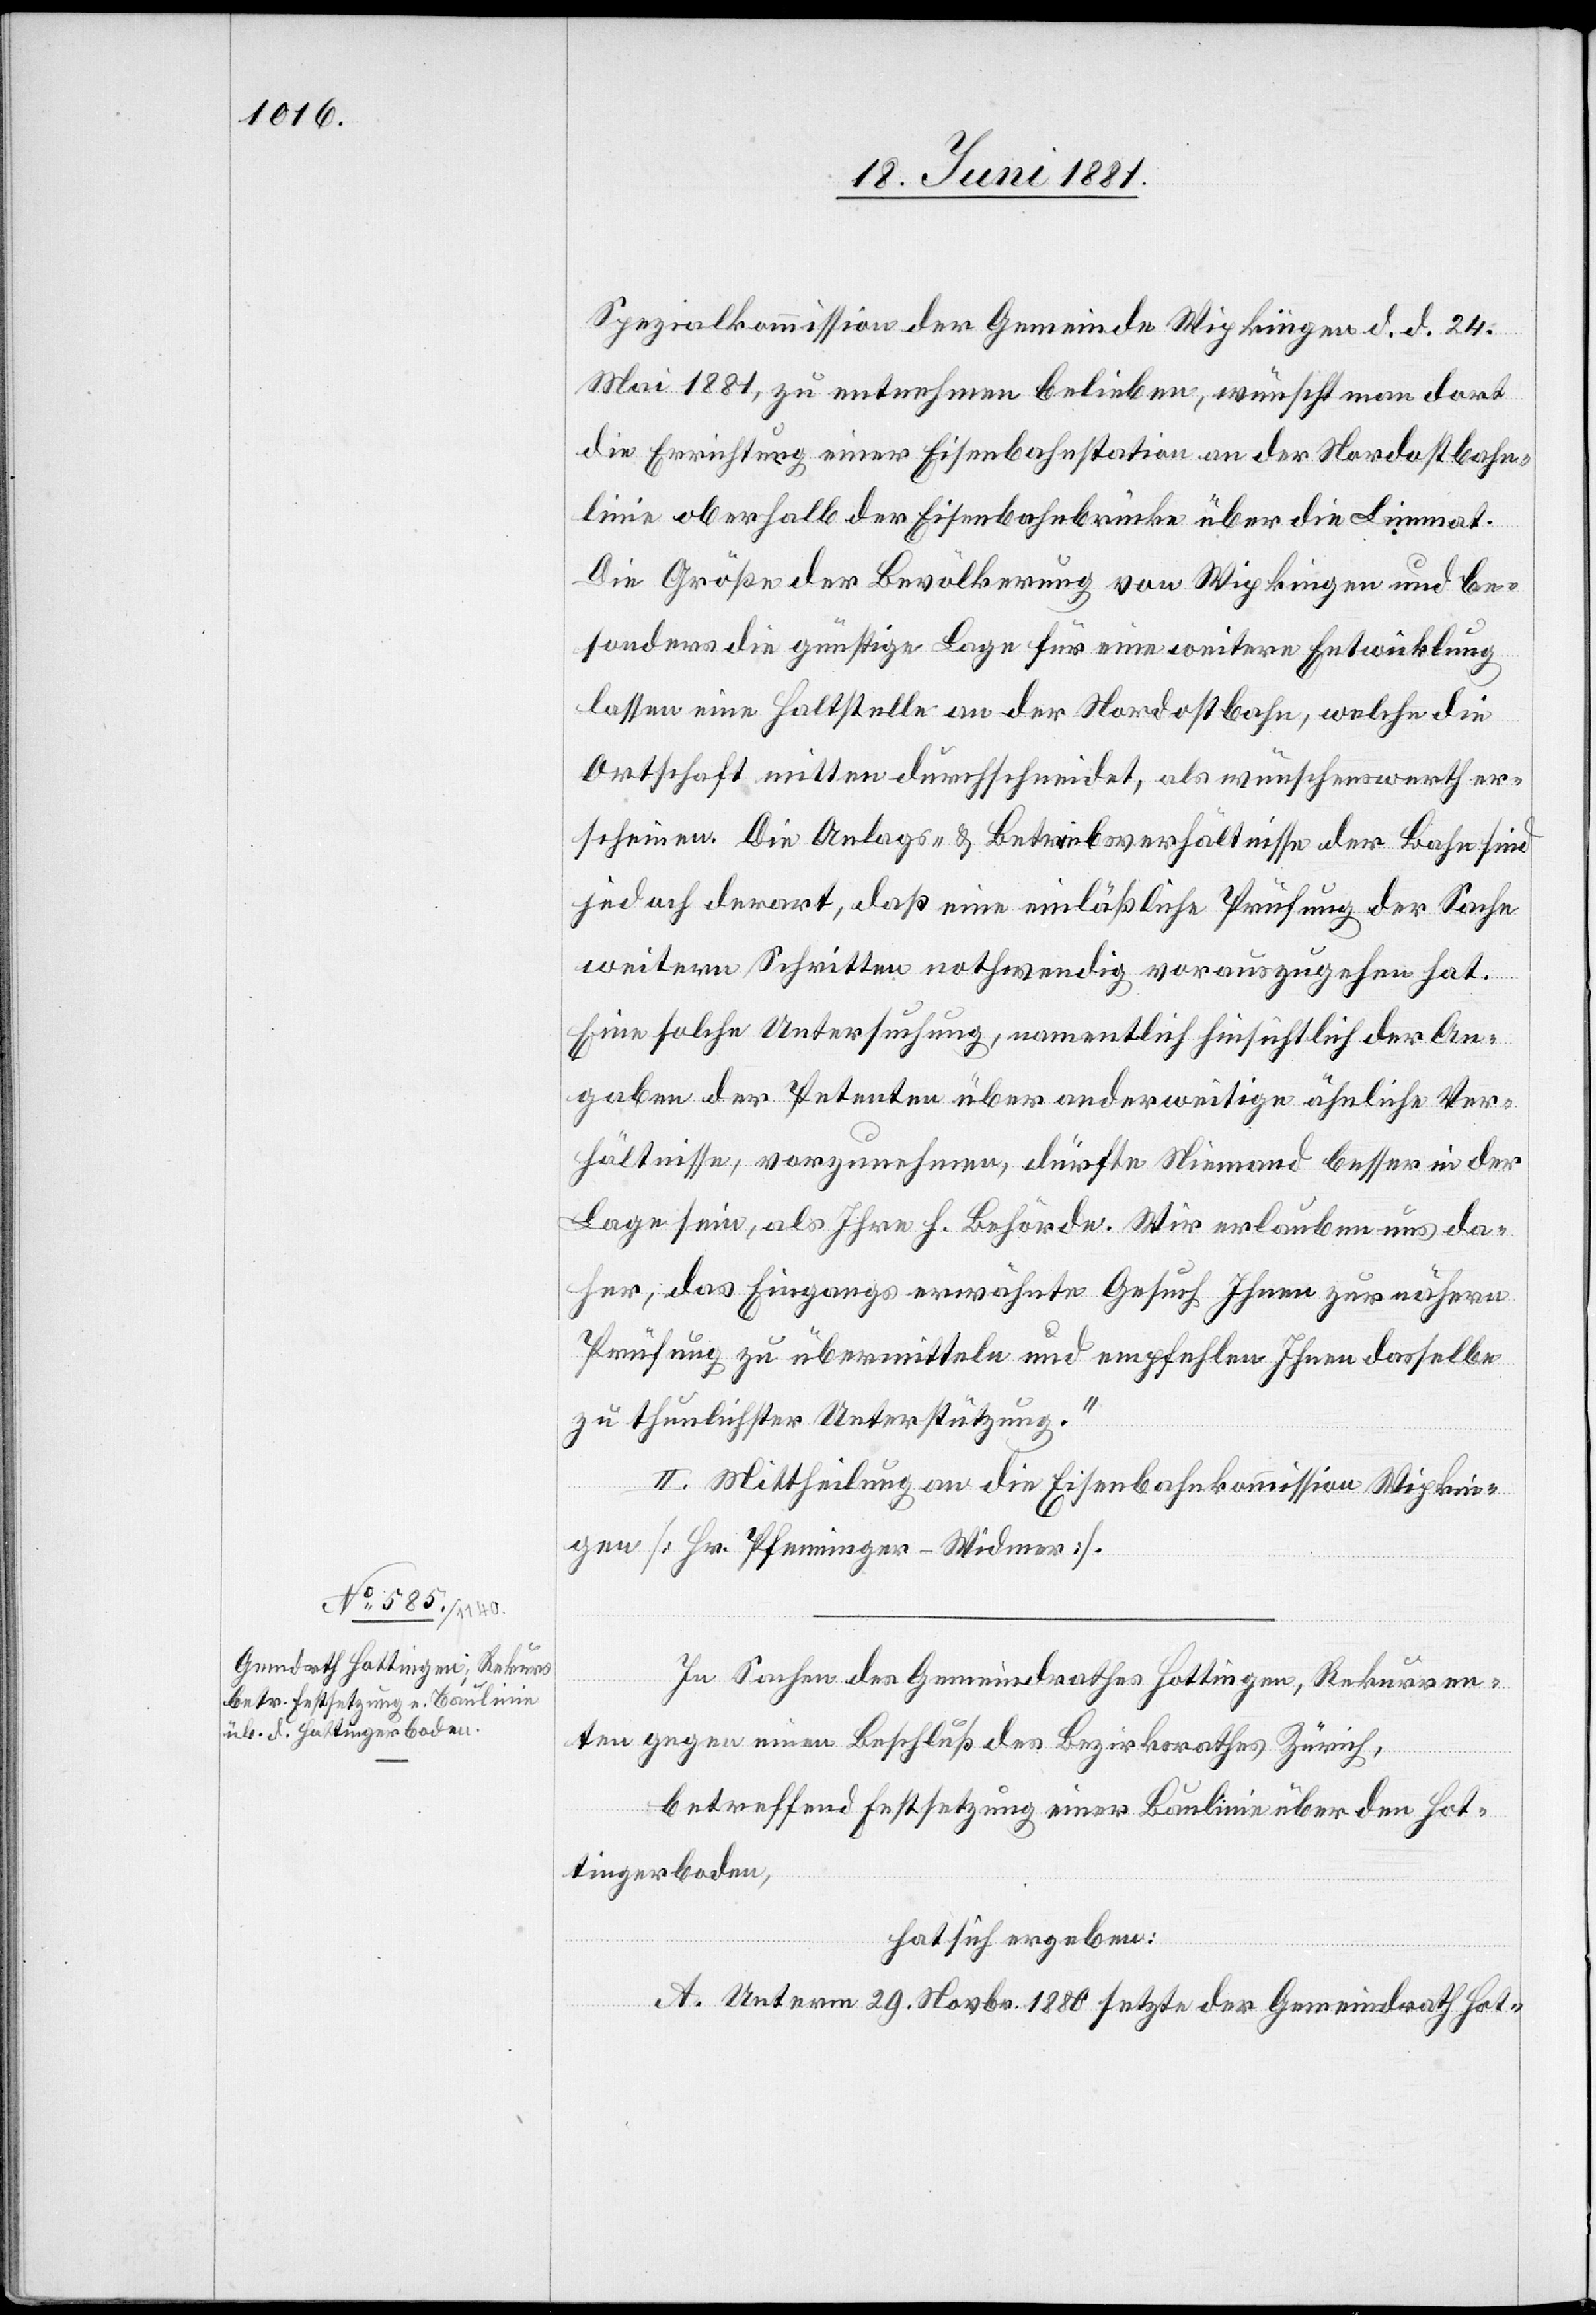
Spezialkommission der Gemeinde Wipkingen d. d. 24.
Mai 1881, zu entnehmen belieben, wünscht man dort
die Errichtung einer Eisenbahnstation an der Nordostbahn¬
linie oberhalb der Eisenbahnbrücke über die Limmat.
Die Größe der Bevölkerung von Wipkingen und be¬
sonders die günstige Lage für eine weitere Entwicklung
lassen eine Haltestelle an der Nordostbahn, welche die
Ortschaft mitten durchschneidet, als wünschenswerth er¬
scheinen. Die Anlags- & Betriebsverhältnisse der Bahn sind
jedoch derart, daß eine einläßliche Prüfung der Sache
weitern Schritten nothwendig vorauszugehen hat.
Eine solche Untersuchung, namentlich hinsichtlich der An¬
gaben der Petenten über anderweitige ähnliche Ver¬
hältnisse, vorzunehmen, dürfte Niemand besser in der
Lage sein, als Ihre h. Behörde. Wir erlauben uns da¬
her, das eingangs erwähnte Gesuch Ihnen zur nähern
Prüfung zu übermitteln und empfehlen Ihnen dasselbe
zu thunlichster Unterstützung.“
II. Mittheilung an die Eisenbahnkommission Wipkin¬
gen [Hr. Pfenninger-Widmer].
In Sachen des Gemeindrathes Hottingen, Rekurren¬
ten gegen einen Beschluß des Bezirksrathes Zürich,
betreffend Festsetzung einer Baulinie über den Hot¬
tingerboden,
hat sich ergeben:
A. Unterm 29. Novbr. 1880 setzte der Gemeindrath Hot-